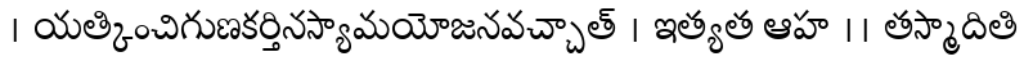
। యత్కించిగుణకర్తినస్యామయోజనవచ్చాత్ । ఇత్యత ఆహ ।। తస్మాదితి